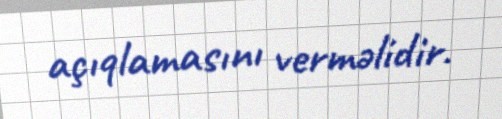
açıqlamasını verməlidir.